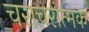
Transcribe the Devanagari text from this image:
चराचरात्मक